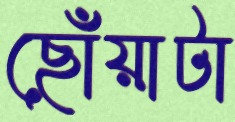
ছোঁয়াটা